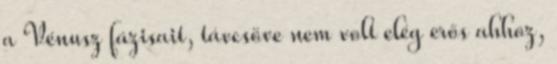
a Vénusz fázisait, távcsöve nem volt elég erős ahhoz,